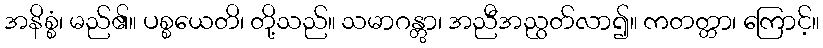
အနိစ္စံ၊ မည်၏။ ပစ္စယေတိ၊ တို့သည်။ သမာဂန္တွာ၊ အညီအညွတ်လာ၍။ ကတတ္တာ၊ ကြောင့်။